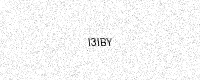
Text: I3IBY